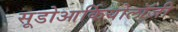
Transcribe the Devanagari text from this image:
सूडोआर्कियोलॉजी